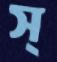
স্